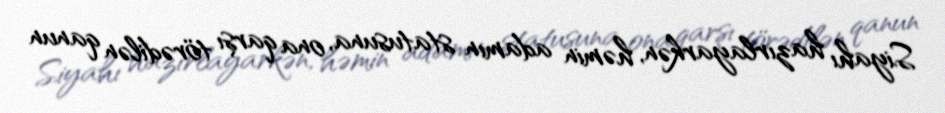
Siyahı hazırlayarkən, həmin adamın statusuna, ona qarşı törədilən qanun